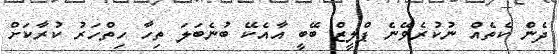
ދެން ކެތެއް ނުކުރެވޭނެ ޕްލީޒް ބޭބީ އާއެކޭ ބުނެބަލަ ތިހާ ހިތްހަރު ކުރާކަށް